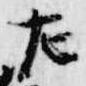
左